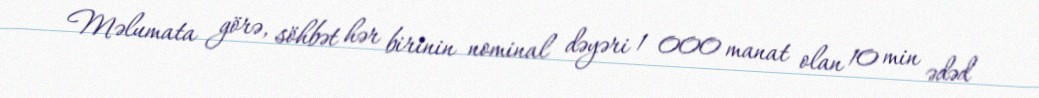
Məlumata görə, söhbət hər birinin nominal dəyəri 1 000 manat olan 10 min ədəd